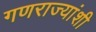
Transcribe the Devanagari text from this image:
गणराज्यांशी